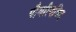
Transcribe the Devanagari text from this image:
पौर्वात्यविद